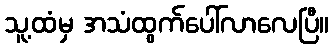
သူ့ထံမှ အသံထွက်ပေါ်လာလေပြီ။